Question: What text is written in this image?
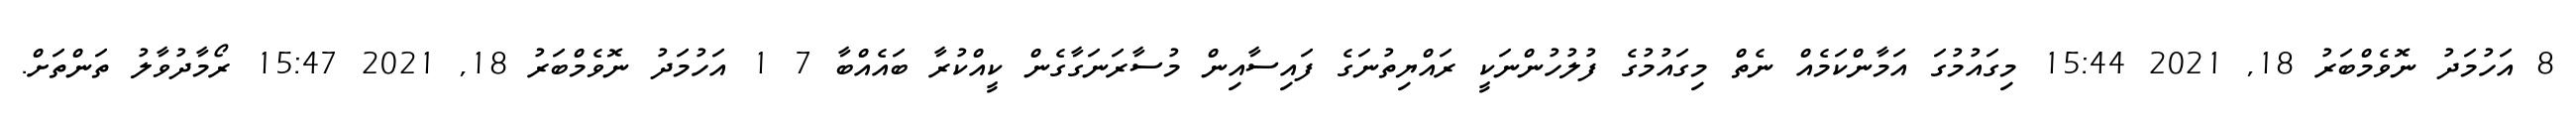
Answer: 8 އަހުމަދު ނޮވެމްބަރު 18, 2021 15:44 މިގައުމުގަ އަމާންކަމެއް ނެތް މިގައުމުގެ ފުލުހުންނަކީ ރައްޔިތުނަގެ ފައިސާއިން މުސާރަނަގާގެން ކީއްކުރާ ބައެއްބާ 7 1 އަހުމަދު ނޮވެމްބަރު 18, 2021 15:47 ރޯމާދުވާލު ތަންތަށް.